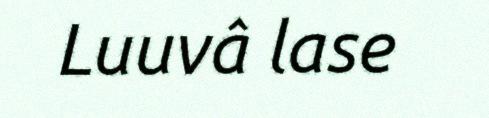
Luuvâ lase